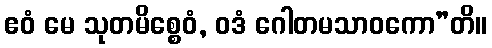
ဧဝံ မေ သုတမိစ္စေဝံ, ဝဒံ ဂေါတမသာဝကော”တိ။